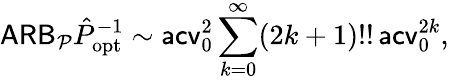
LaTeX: \mathsf{ARB}_{\mathcal P}\hat{P}_{\mathrm{opt}}^{-1}\sim\mathsf{acv}_{0}^{2}\sum_{k=0}^{\infty}(2k+1)!!\, \mathsf{acv}_{0}^{2k},